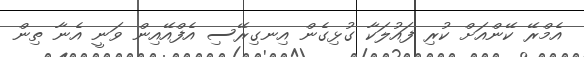
އެމްރޭ ކޭންއަށް ކުރި ފައުލަކާ ގުޅިގެން އިނގިރޭސި އެފްއޭއިން ވަނީ އެނާ ތިން